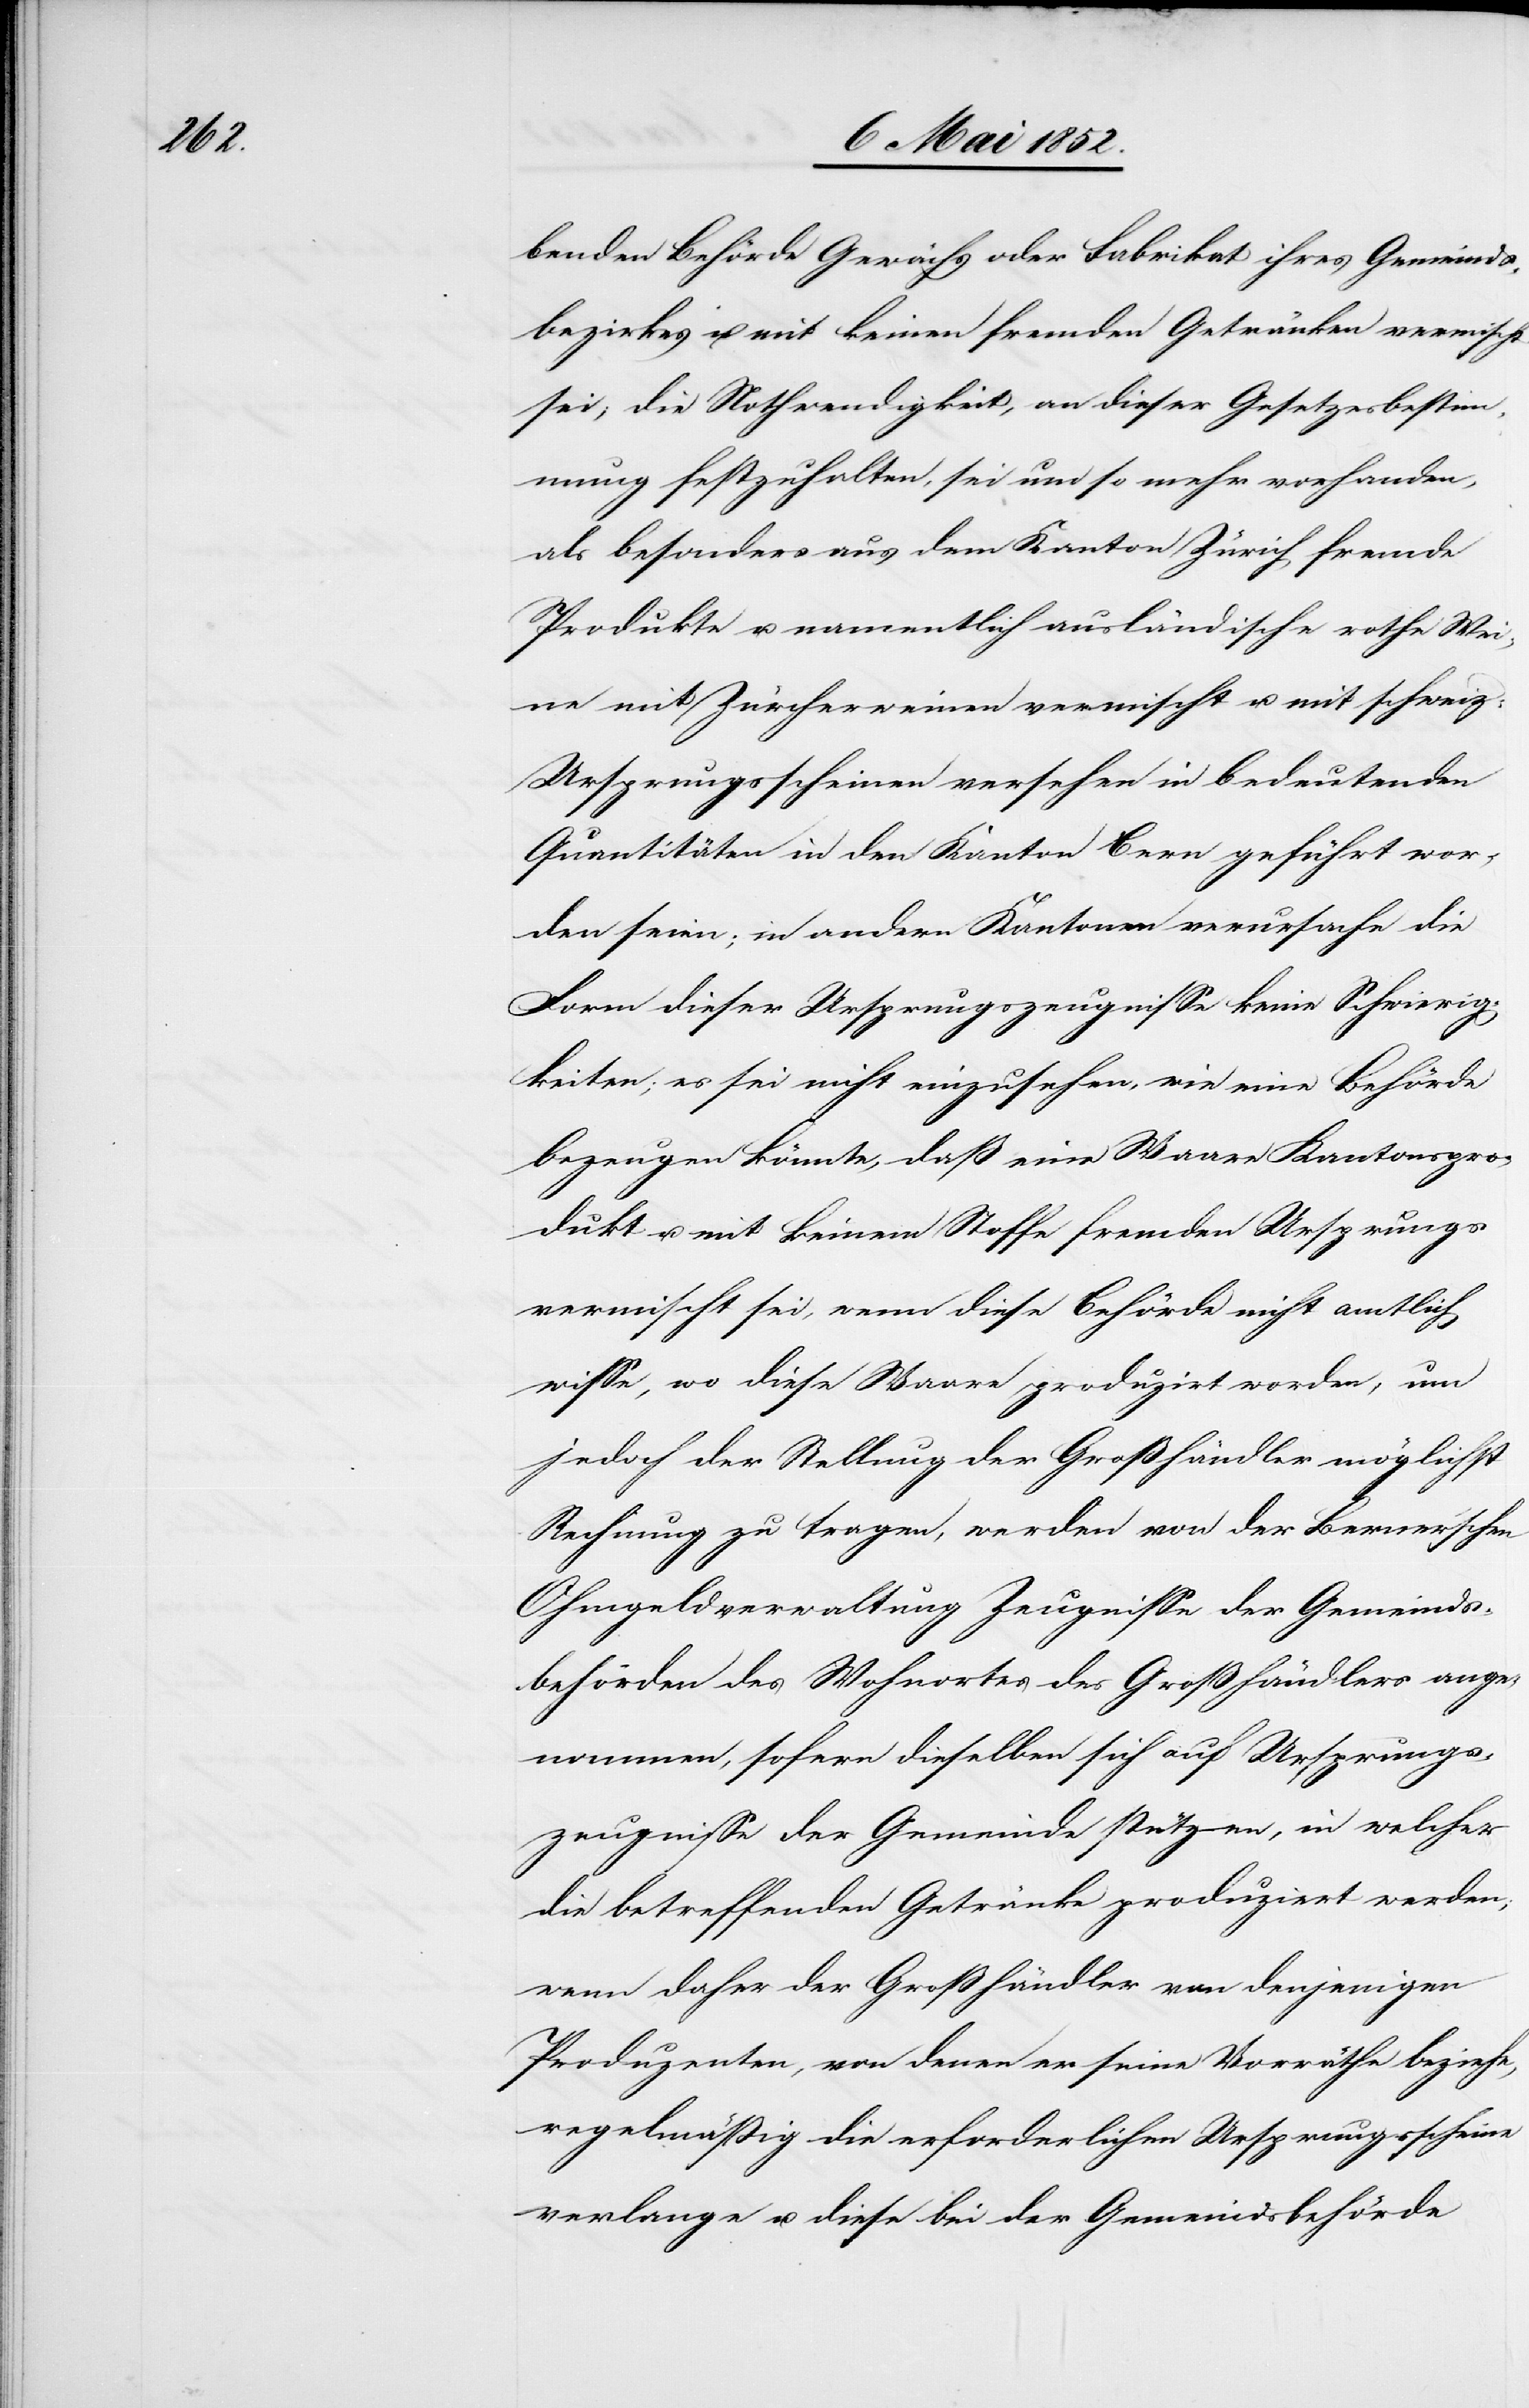
benden Behörde Gewächs oder Fabrikat ihres Gemeinds¬
bezirkes u. mit keinen fremden Getränken vermischt
sei; die Nothwendigkeit, an dieser Gesetzesbestim¬
mung festzuhalten, sei um so mehr vorhanden,
als besonders aus dem Kanton Zürich fremde
Produkte u. namentlich ausländische rothe Wei¬
ne mit Zürcherweinen vermischt u. mit schweiz:
Ursprungsscheinen versehen in bedeutenden
Quantitäten in den Kanton Bern geführt wor¬
den seien; in andern Kantonen verursache die
Form dieser Ursprungszeugnisse keine Schwierig¬
keiten; es sei nicht einzusehen, wie eine Behörde
bezeugen könnte, daß eine Waare Kantonspro¬
dukt u. mit keinem Stoffe fremden Ursprungs
vermischt sei, wenn diese Behörde nicht amtlich
wisse, wo diese Waare produzirt worden, um
jedoch der Stellung der Großhändler möglichst
Rechnung zu tragen, werden von der Berner’schen
Ohmgeldverwaltung Zeugnisse der Gemeinds¬
behörden des Wohnortes des Großhändlers ange¬
nommen, sofern dieselben sich auf Ursprungs¬
zeugnisse der Gemeinde stützen, in welcher
die betreffenden Getränke produziert werden;
wenn daher der Großhändler von denjenigen
Produzenten, von denen er seine Vorräthe beziehe,
regelmässig die erforderlichen Ursprungsscheine
verlange u. diese bei der Gemeindsbehörde